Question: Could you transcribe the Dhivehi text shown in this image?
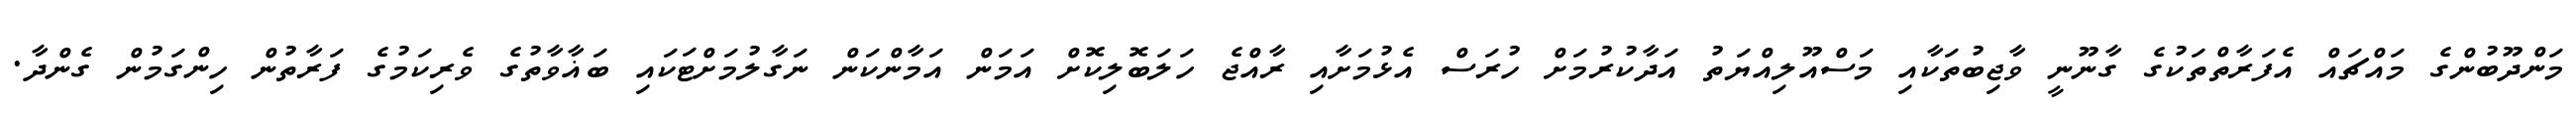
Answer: މަންދޫބުންގެ މައްޗައް އެފަރާތްތަކުގެ ގާނޫނީ ވާޖިބުތަކާއި މަސްއޫލިއްޔަތު އަދާކުރުމަށް ހުރަސް އެޅުމަށާއި ރާއްޖެ ހަލަބޮލިކޮށް އަމަން އަމާންކަން ނަގާލުމަށްޓަކައި ބަޣާވާތުގެ ވެރިކަމުގެ ފަރާތުން ހިންގަމުން ގެންދާ.